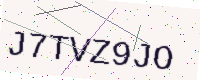
Text: J7TVZ9JO